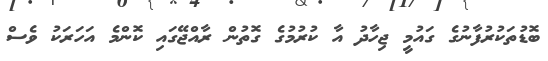
ބޮޑުތަކުރުފާނުގެ ގައުމީ ޖިހާދު އާ ކުރުމުގެ ގޮތުން ރާއްޖޭގައި ކޮންމެ އަހަރަކު ވެސް